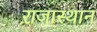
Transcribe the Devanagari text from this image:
राजास्थान